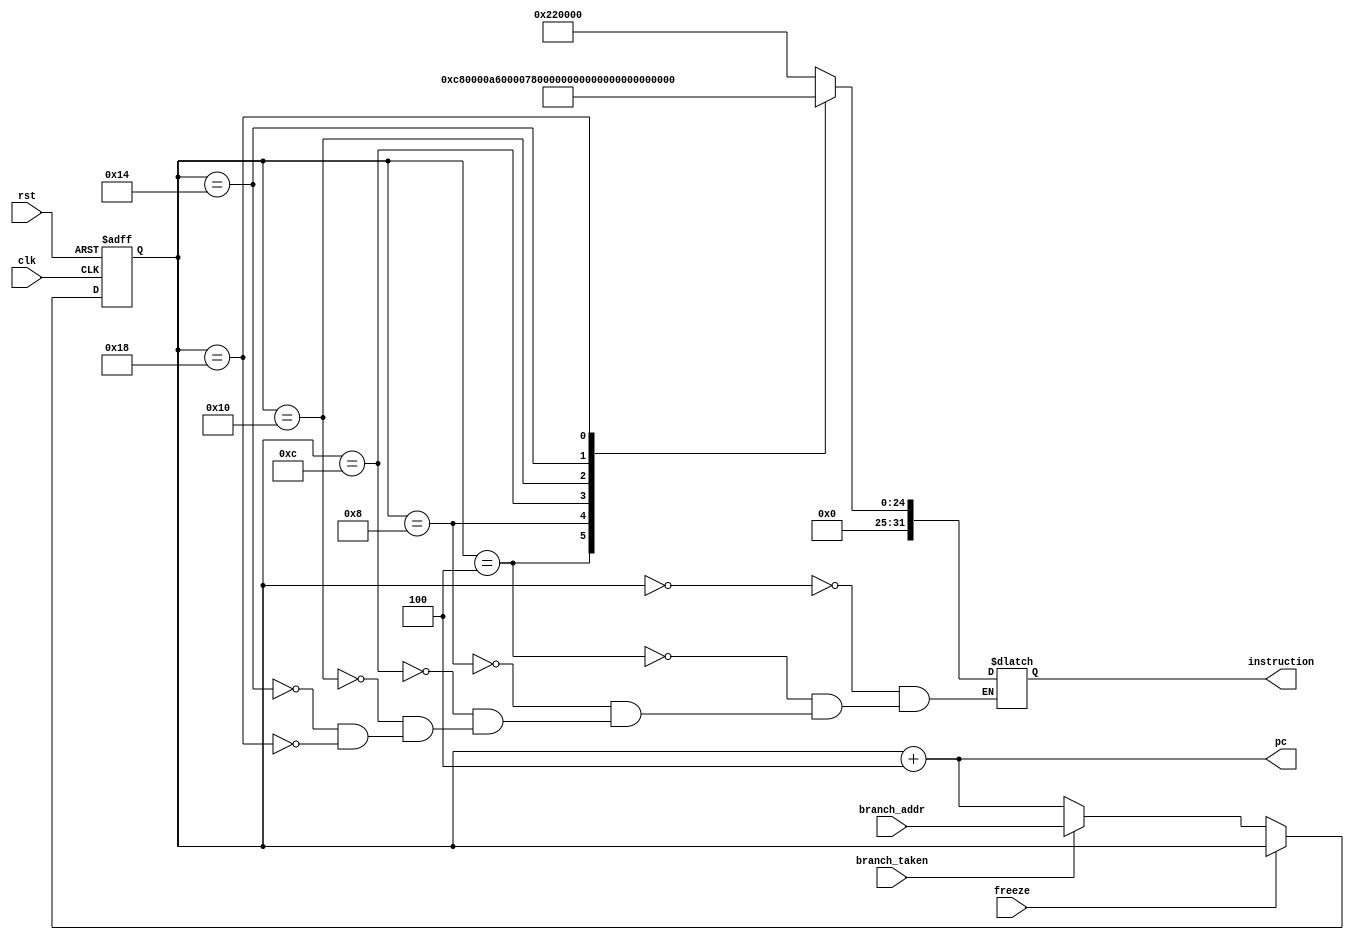
module IF_stage(input clk, rst, freeze, branch_taken,
                input[31:0] branch_addr,
                output[31:0] pc, instruction);
    

    //PC
    reg [31:0] pc_out_reg;
    wire[31:0] pc_out;
    wire [31:0] pc_in;
    always@(posedge clk,posedge rst) begin
        if (rst)
            pc_out_reg = 32'b0;
        else if(~freeze)
            pc_out_reg <= pc_in;
        else pc_out_reg <= pc_out;
    end
    assign pc_out = pc_out_reg;

    //Instruction Memory
    reg [31:0] instruction_reg;
    always @(*) begin
        case (pc_out)
            32'd0  : instruction_reg <= 32'b00000000001000100000000000000000; 
            32'd4  : instruction_reg <= 32'b00000000011001000000000000000000;
            32'd8  : instruction_reg <= 32'b00000000101001100000000000000000;
            32'd12 : instruction_reg <= 32'b00000000111010000001000000000000;
            32'd16 : instruction_reg <= 32'b00000001001010100001100000000000;
            32'd20 : instruction_reg <= 32'b00000001011011000000000000000000;
            32'd24 : instruction_reg <= 32'b00000001101011100000000000000000;
        endcase
    end
    assign instruction = instruction_reg;


    //MUX
    assign pc_in = branch_taken ? branch_addr : pc_out + 32'd4;

    //Adder
    assign pc = pc_out+32'd4;
            

endmodule